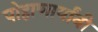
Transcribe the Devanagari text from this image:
पोहाणार्यांनी